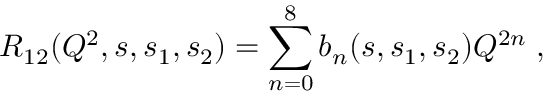
R _ { 1 2 } ( Q ^ { 2 } , s , s _ { 1 } , s _ { 2 } ) = \sum _ { n = 0 } ^ { 8 } b _ { n } ( s , s _ { 1 } , s _ { 2 } ) Q ^ { 2 n } \; ,